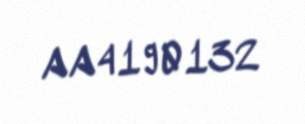
AA4190132